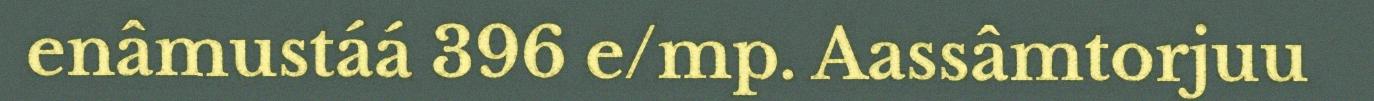
enâmustáá 396 e/mp. Aassâmtorjuu